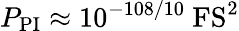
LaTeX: P_{\mathrm{PI}}\approx 10^{-108/10}~\mathrm{FS^{2}}